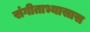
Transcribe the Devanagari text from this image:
संगीताभ्यासास